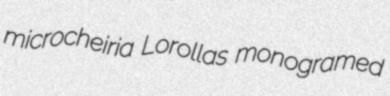
microcheiria Lorollas monogramed